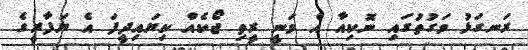
ރަނގަޅު ވަގުތުގައި ނޮކިއާ އެ ވަނީ ރީތި ޖޯކެއް ކިޔައިދީފަ އެ ޔަފާރީގެ